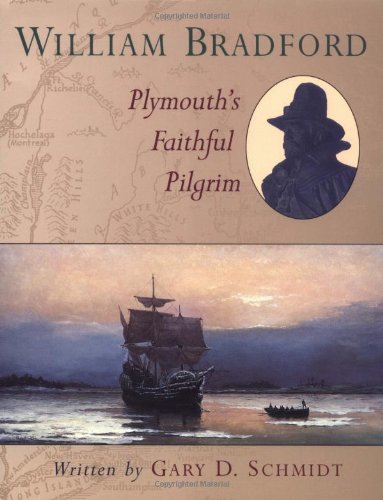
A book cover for William Bradford: Plymouth's Faithful Pilgrim; Gary D. Schmidt; Teen & Young Adult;